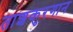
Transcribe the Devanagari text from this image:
ताशकुरगान